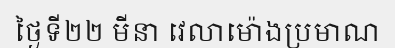
ថ្ងៃទី២២ មីនា វេលាម៉ោងប្រមាណ